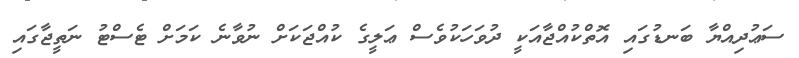
ސަޢުދިއްޔާ ބަނޑުގައި އޮތްކުއްޖާއަކީ ދުވަހަކުވެސް ޢަލީގެ ކުއްޖަކަށް ނުވާނެ ކަމަށް ޓެސްޓު ނަތީޖާގައި